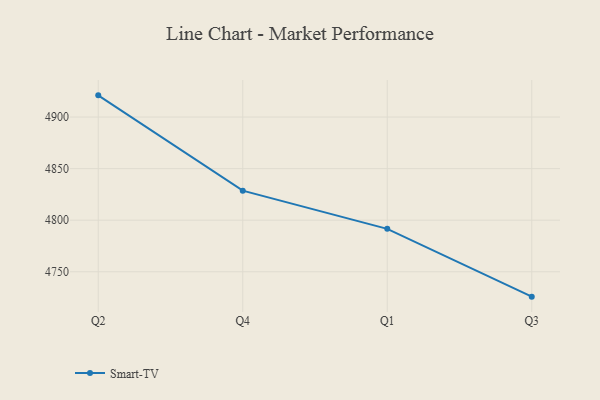
{"axis": {"x": "Quarter", "y": "Latency (ms)"}, "legend": ["Smart-TV"], "data": [{"x": "Q2", "y": 4921.0, "type": "Smart-TV"}, {"x": "Q4", "y": 4828.6, "type": "Smart-TV"}, {"x": "Q1", "y": 4791.6, "type": "Smart-TV"}, {"x": "Q3", "y": 4725.9, "type": "Smart-TV"}]}